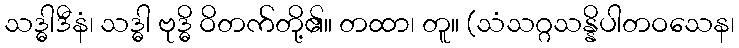
သဒ္ဓါဒီနံ၊ သဒ္ဓါ ဗုဒ္ဓိ ဝိတက်တို့၏။ တထာ၊ တူ။ (သံသဂ္ဂသန္နိပါတဝသေန၊